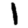
Digit: 1